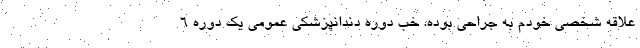
علاقه شخصی خودم به جراحی بوده. خب دوره دندانپزشکی عمومی یک دوره 6